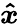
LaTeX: \boldsymbol{\hat{x}}